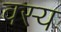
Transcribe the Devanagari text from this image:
वस्य